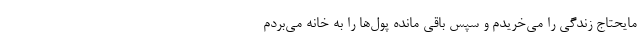
مایحتاج زندگی را می‌خریدم و سپس باقی مانده پول‌ها را به خانه می‌بردم